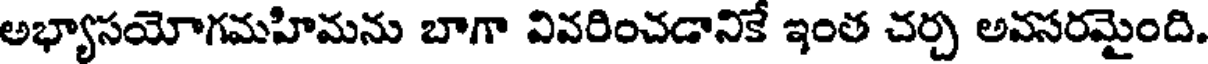
అభ్యాసయోగమహిమను బాగా వివరించడానికే ఇంత చర్చ అవసరమైంది.